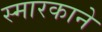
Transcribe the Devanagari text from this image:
स्मारकाने